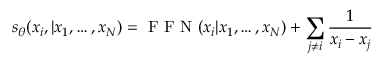
s _ { \theta } ( x _ { i } , | x _ { 1 } , \dots , x _ { N } ) = \mathrm { ~ F ~ F ~ N ~ } ( x _ { i } | x _ { 1 } , \dots , x _ { N } ) + \sum _ { j \neq i } \frac { 1 } { x _ { i } - x _ { j } }